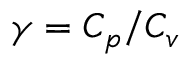
\gamma = C _ { p } / C _ { v }